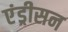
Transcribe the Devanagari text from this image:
एंड्रीसन